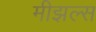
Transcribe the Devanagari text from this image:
मीझल्स